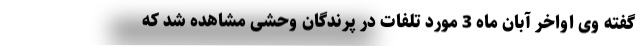
گفته وی اواخر آبان ماه 3 مورد تلفات در پرندگان وحشی مشاهده شد که